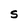
Character: S